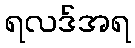
ရလဒ်အရ